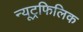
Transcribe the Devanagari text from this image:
न्यूट्रफिलिक